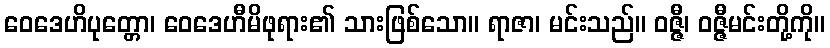
ဝေဒေဟိပုတ္တော၊ ဝေဒေဟီမိဖုရား၏ သားဖြစ်သော။ ရာဇာ၊ မင်းသည်။ ဝဇ္ဇီ၊ ဝဇ္ဇီမင်းတို့ကို။